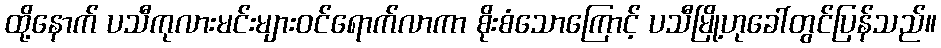
ထို့နောက် ပသီကုလားမင်းများဝင်ရောက်လာကာ စိုးစံသောကြောင့် ပသီမြို့ဟုခေါ်တွင်ပြန်သည်။